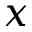
x